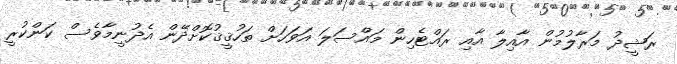
ރަޝީދު މަރާލުމުން އާއިލާ އާއި ރައްޓެހިން މައްސަލަ އަވަހަށް ތަހުޤީޤުކޮށްދޭން އެދުނީމާވެސް ކަންކުރީ